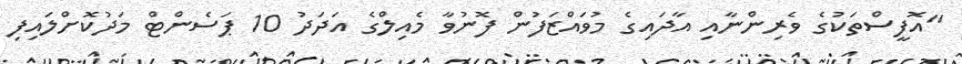
"އޮފީސްތަކުގެ ވެރިންނާއި އާދައިގެ މުވައްޒަފުން ފޮނުވާ މެއިލްގެ އަދަދު 10 ޕަސެންޓް މަދުކޮށްލައިފި